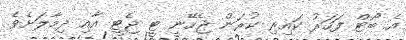
އެ ބޯޓް ފަހަރު ކައިރި ކުރަން ޖެހޭނީ ޓީ ޖެޓީ އާއި ދިމާލަށެވެ.